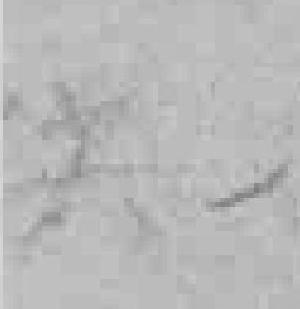
供